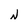
Character: N